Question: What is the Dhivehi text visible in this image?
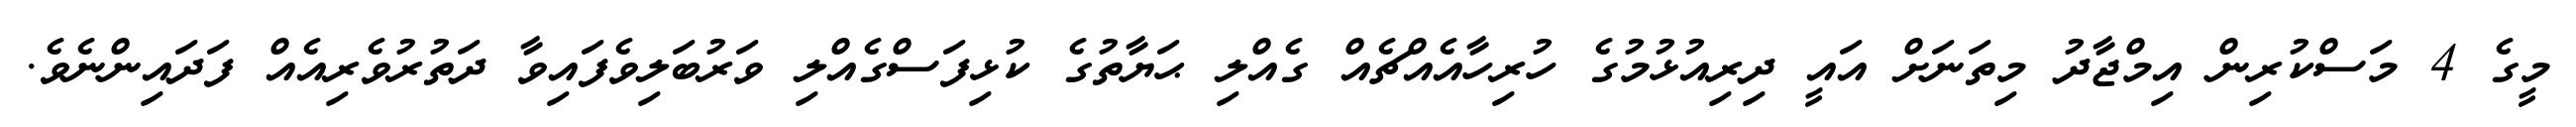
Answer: މީގެ 4 މަސްކުރިން އިމްޖާދު މިތަނަށް އައީ ދިރިއުޅުމުގެ ހުރިހާއެއްޗެއް ގެއްލި ޙަޔާތުގެ ކުޅިފަސްގެއްލި ވަރުބަލިވެފައިވާ ދަތުރުވެރިއެއް ފަދައިންނެވެ.